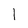
Character: l